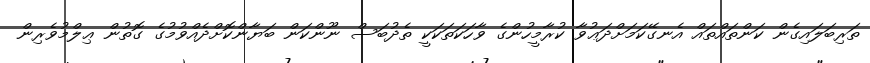
ތަރިބަލައިގެން ކަންތައްތައް އެނގޭކަމަށްދަޢުވާ ކުރާމީހުންގެ ވާހަކަތަކަކީ ތެދުބަސް ނޫންކަން ބަޔާންކޮށްދެއްވުމުގެ ގޮތުން ޢިލްމުވެރިން